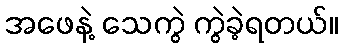
အဖေနဲ့ သေကွဲ ကွဲခဲ့ရတယ်။